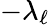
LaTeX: -\lambda_{\ell}